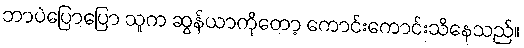
ဘာပဲပြောပြော သူက ဆွန်ယာကိုတော့ ကောင်းကောင်းသိနေသည်။